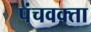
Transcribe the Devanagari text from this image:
पंचवक्ता